Vaccination in Bombay 1902-1912 - 1902-1912
Year: 1902
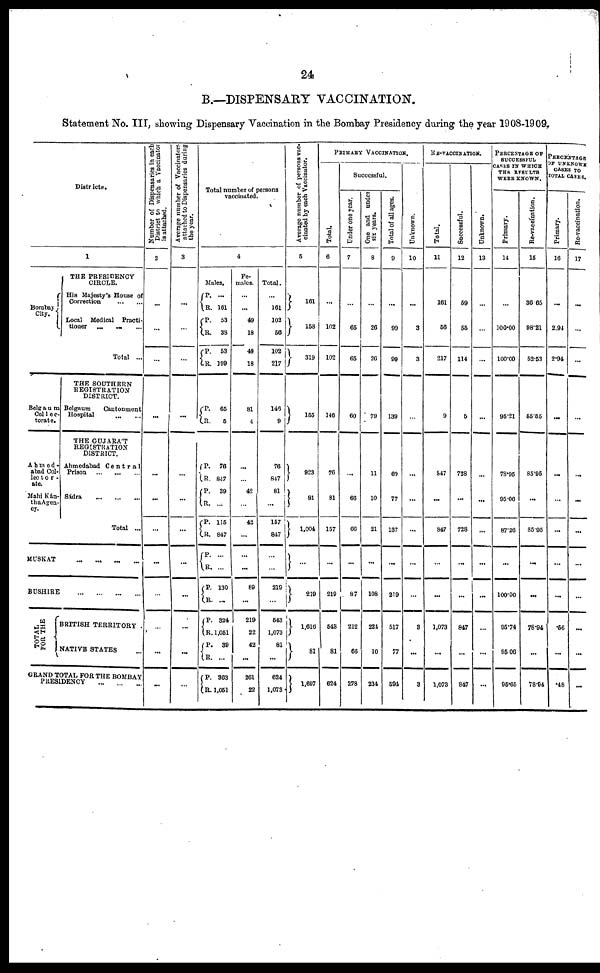
24
B.—DISPENSARY VACCINATION.
Statement No. III, showing Dispensary Vaccination in the Bombay Presidency during the year 1908-1909.
Districts.
1
Bombay
City.
THE PRESIDENCY
CIRCLE.
His Majesty's House of
Correction
...
...
Local Medical Practi-
tioner
...
... ...
Total ...
Belgaum
Collec¬
torate.
Ahmed¬
abad Col¬
lector¬
ate.
Mahi Kán¬
tha Agen¬
cy.
THE SOUTHERN
REGISTRATION
DISTRICT.
Belgaum
Cantonment
Hospital
...
...
THE GUJARÁT
REGISTRATION
DISTRICT.
Ahmedabad Central
Prison ... ... ...
Sádra
...
...
...
Total ...
MUSKAT ... ... ... ...
BUSHIRE
...
...
...
...
TOTAL
FOR THE
BRITISH TERRITORY .
NATIVE STATES ...
GRAND TOTAL FOR THE BOMBAY
PRESIDENCY
...
...
...
Number of Dispensaries in each
District to which a Vaccinator
is attached.
2
...
...
...
...
...
...
...
...
...
...
...
...
Average number of Vaccinators
attached to Dispensaries during
the year.
3
...
...
...
...
...
...
...
...
...
...
...
...
Total number of persons
vaccinated.
4
Males.
P.
R.
P.
R.
P. R.
...
101
53
38
53
199
P.
R.
65
6
P.
R.
P.
R.
P.
R.
P.
R.
P.
R.
P. R.
P.
R.
P.
R.
76
847
39
...
115
847
...
...
130
...
324
1,051
39
...
363
1,051
Fe-
males.
...
...
49
18
49
18
81
4
...
...
42
...
42
...
...
...
89
...
219
22
42
...
261
22
Total.
...
161
102
56
102
217
146
9
76
847
81
...
157
847
...
...
219
...
543
1,073
81
...
624
1,073
Average number of persons vac-
cinated by each Vaccinator.
5
161
158
319
155
923
81
1,004
...
219
1,616
81
1,697
PRIMARY VACCINATION.
Total.
6
...
102
102
146
76
81
157
...
219
543
81
624
Successful.
Under one year.
7
...
65
65
60
...
66
66
...
87
212
66
278
One and under
six years.
8
...
26
20
79
11
10
21
...
108
224
10
234
Total of all ages.
9
...
99
99
139
60
77
137
...
219
517
77
594
Unknown.
10
...
3
3
...
...
...
...
...
...
3
...
3
RE-VACCINATION.
Total.
11
161
56
217
9
847
...
847
...
...
1,073
...
1,073
Successful.
12
59
55
114
5
728
...
728
...
...
847
...
847
Unknown.
13
...
...
...
...
...
...
...
...
...
...
...
...
PERCENTAGE OF
SUCCESSFUL
CASES IN WHICH
THE RESULTS
WERE KNOWN.
Primary.
14
...
100.00
100.00
95.21
78.95
95.06
87.26
...
100.00
95.74
95.06
95.65
Re-vaccination.
15
36.65
98.21
52.53
55.55
85.95
...
85.95
...
...
78.94
...
78.94
PERCENTAGE
OF UNKNOWN
CASES TO
TOTAL CASES.
Primary.
16
...
2.94
2.94
...
...
...
...
...
...
.56
...
.48
Re-vaccination.
17
...
...
...
...
...
...
...
...
...
...
...
...